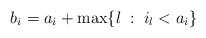
LaTeX: \begin{align*}b_i=a_i+\max\{l \; : \; i_l <a_i\}\end{align*}